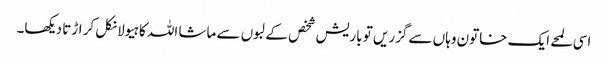
اسی لمحے ایک خاتون وہاں سے گزریں تو باریش شخص کے لبوں سے ماشا اللہ کا ہیولا نکل کر اڑتا دیکھا۔